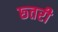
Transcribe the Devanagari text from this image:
छ्तरी